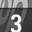
Digit: 3